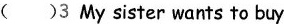
( )3 My sister wants to buy